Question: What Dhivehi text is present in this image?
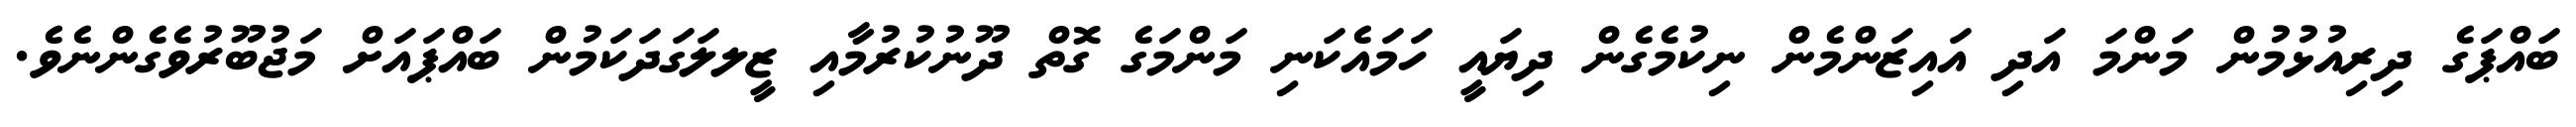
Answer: ބައްޕަގެ ދިރިއުޅުމުން މަންމަ އަދި އައިޒަންމެން ނިކުމެގެން ދިޔައީ ހަމައެކަނި މަންމަގެ ގޮތް ދޫނުކުރުމާއި ޒީލލަގަދަކަމުން ބައްޕައަށް މަޖުބޫރުވެގެންނެވެ.